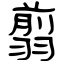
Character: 翦